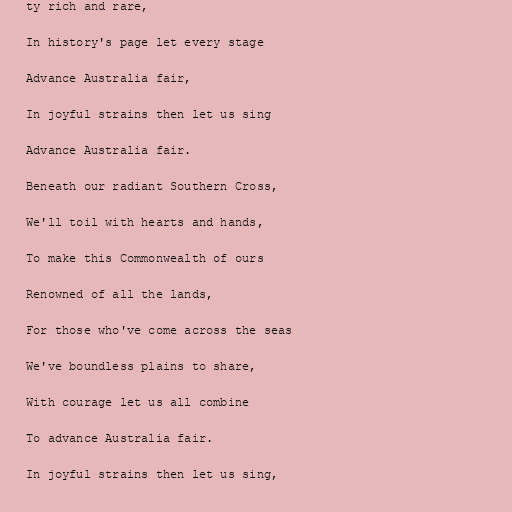
ty rich and rare,

In history's page let every stage

Advance Australia fair,

In joyful strains then let us sing

Advance Australia fair.

Beneath our radiant Southern Cross,

We'll toil with hearts and hands,

To make this Commonwealth of ours

Renowned of all the lands,

For those who've come across the seas

We've boundless plains to share,

With courage let us all combine

To advance Australia fair.

In joyful strains then let us sing,